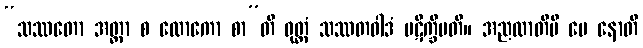
“သဿတော အတ္တာ စ လောကော စာ”တိ ဝုတ္တံ သဿတဝါဒံ ပဋိက္ခိပတိ။ အညထာတိပိ မေ နောတိ